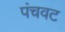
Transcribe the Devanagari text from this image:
पंचवट